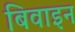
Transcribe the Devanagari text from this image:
बिवाइन